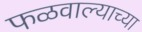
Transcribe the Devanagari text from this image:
फळवाल्याच्या